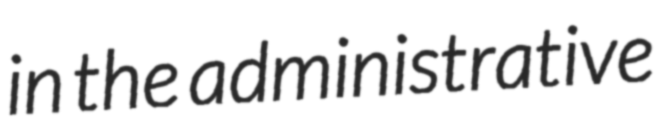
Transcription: in the administrative